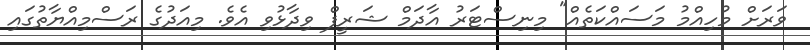
ވަރަށް މުހިއްމު މަސައްކަތެއް" މިނިސްޓަރު އާދަމް ޝަރީފް ވިދާޅުވި އެވެ. މިއަދުގެ ރަސްމިއްޔާތުގައި